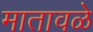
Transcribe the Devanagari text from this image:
मातावळे